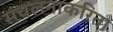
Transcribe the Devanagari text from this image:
संचलनाकरिता